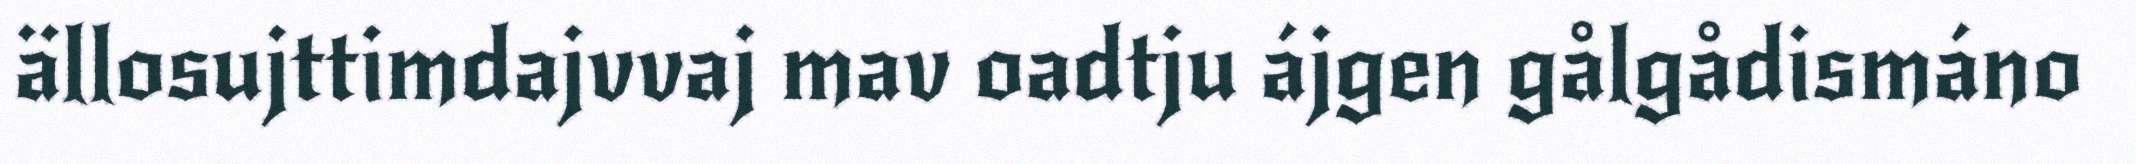
ällosujttimdajvvaj mav oadtju ájgen gålgådismáno